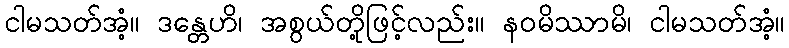
ငါမသတ်အံ့။ ဒန္တေဟိ၊ အစွယ်တို့ဖြင့်လည်း။ နဝမိဿာမိ၊ ငါမသတ်အံ့။